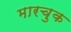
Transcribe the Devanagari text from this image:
मारचुक